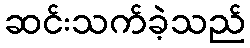
ဆင်းသက်ခဲ့သည်